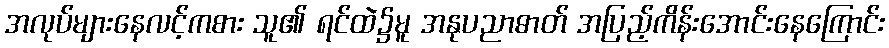
အလုပ်များနေလင့်ကစား သူ၏ ရင်ထဲ၌မူ အနုပညာဓာတ် အပြည့်ကိန်းအောင်းနေကြောင်း